Insane asylums Bombay 1873-77 - 1873-1877
Year: 1873
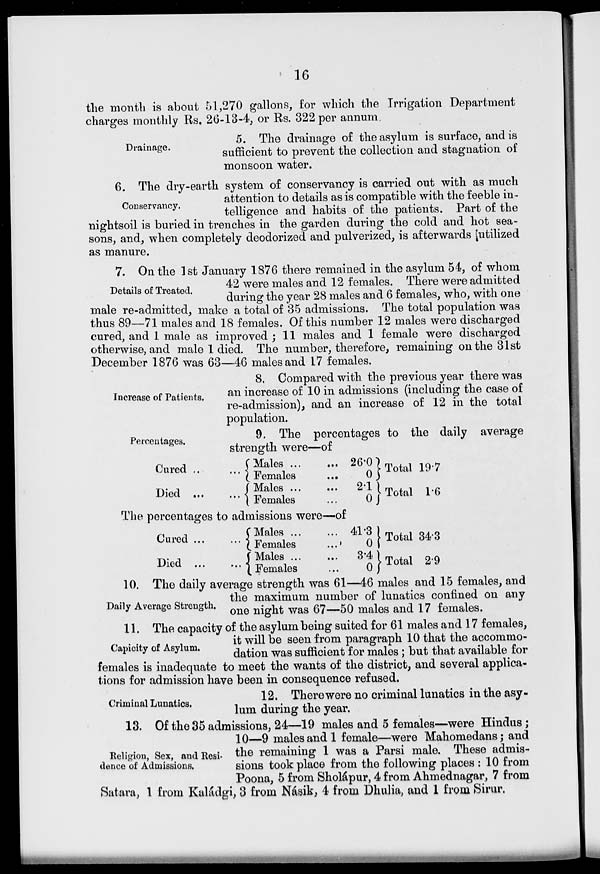
16
the month is about 51,270 gallons, for which the Irrigation Department
charges monthly Rs. 26-13-4, or Rs. 322 per annum
Drainage.
5. The drainage of the asylum is surface, and is
sufficient to prevent the collection and stagnation of
monsoon water.
Conservancy.
6. The dry-earth system of conservancy is carried out with as much
attention to details as is compatible with the feeble in-
telligence and habits of the patients. Part of the
nightsoil is buried in trenches in the garden during the cold and hot sea-
sons, and, when completely deodorized and pulverized, is afterwards utilized
as manure.
Details of Treated.
7. On the 1st January 1876 there remained in the asylum 54, of whom
42 were males and 12 females. There were admitted
during the year 28 males and 6 females, who, with one
male re-admitted, make a total of 35 admissions. The total population was
thus 89—71 males and 18 females. Of this number 12 males were discharged
cured, and 1 male as improved ; 11 males and 1 female were discharged
otherwise, and male 1 died. The number, therefore, remaining on the 31st
December 1876 was 63—46 males and 17 females.
Increase of Patients.
8. Compared with the previous year there was
an increase of 10 in admissions (including the case of
re-admission), and an increase of 12 in the total
population.
Percentages.
9. The percentages to the daily average
strength were—of
Cured ...
Died ...
Males ... ... 26.0
Females
...
0
Males ... ... 2.1
Females
...
0
Total 19.7
Total 1.6
The percentages to admissions were—of
Cured ... ...
Died
...
...
Males ... ... 41.3
Females
...
0
Males ... ... 3.4
Females
...
0
Total 34.3
Total 2.9
Daily Average Strength.
10. The daily average strength was 61—46 males and 15 females, and
the maximum number of lunatics confined on any
one night was 67—50 males and 17 females.
Capicity of Asylum.
11. The capacity of the asylum being suited for 61 males and 17 females,
it will be seen from paragraph 10 that the accommo-
dation was sufficient for males; but that available for
females is inadequate to meet the wants of the district, and several applica-
tions for admission have been in consequence refused.
Criminal Lunatics.
12. There were no criminal lunatics in the asy-
lum during the year.
Religion, Sex, and Resi-
dence of Admissions.
13. Of the 35 admissions, 24—19 males and 5 females—were Hindus;
10—9 males and 1 female—were Mahomedans; and
the remaining 1 was a Parsi male. These admis-
sions took place from the following places : 10 from
Poona, 5 from Sholápur, 4 from Ahmednagar, 7 from
Satara, 1 from Kaládgi, 3 from Násik , 4 from Dhulia, and 1 from Sirur.